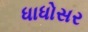
ધાધોસર